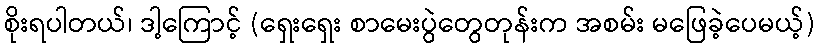
စိုးရပါတယ်၊ ဒါ့ကြောင့် (ရှေးရှေး စာမေးပွဲတွေတုန်းက အစမ်း မဖြေခဲ့ပေမယ့်)